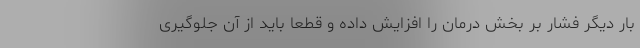
بار دیگر فشار بر بخش درمان را افزایش داده و قطعا باید از آن جلوگیری